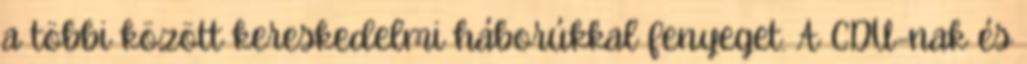
a többi között kereskedelmi háborúkkal fenyeget. A CDU-nak és